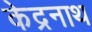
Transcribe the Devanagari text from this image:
केद्रनाथ